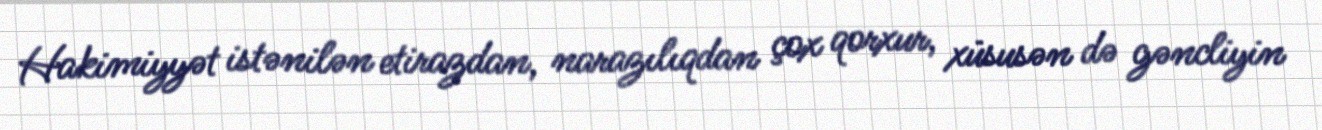
Hakimiyyət istənilən etirazdan, narazılıqdan çox qorxur, xüsusən də gəncliyin